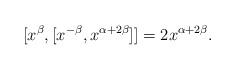
LaTeX: \begin{align*}[x^{\beta},[x^{-\beta},x^{\alpha +2\beta}]]=2x^{\alpha +2\beta}.\end{align*}